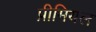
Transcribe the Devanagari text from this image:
प्रीमियल